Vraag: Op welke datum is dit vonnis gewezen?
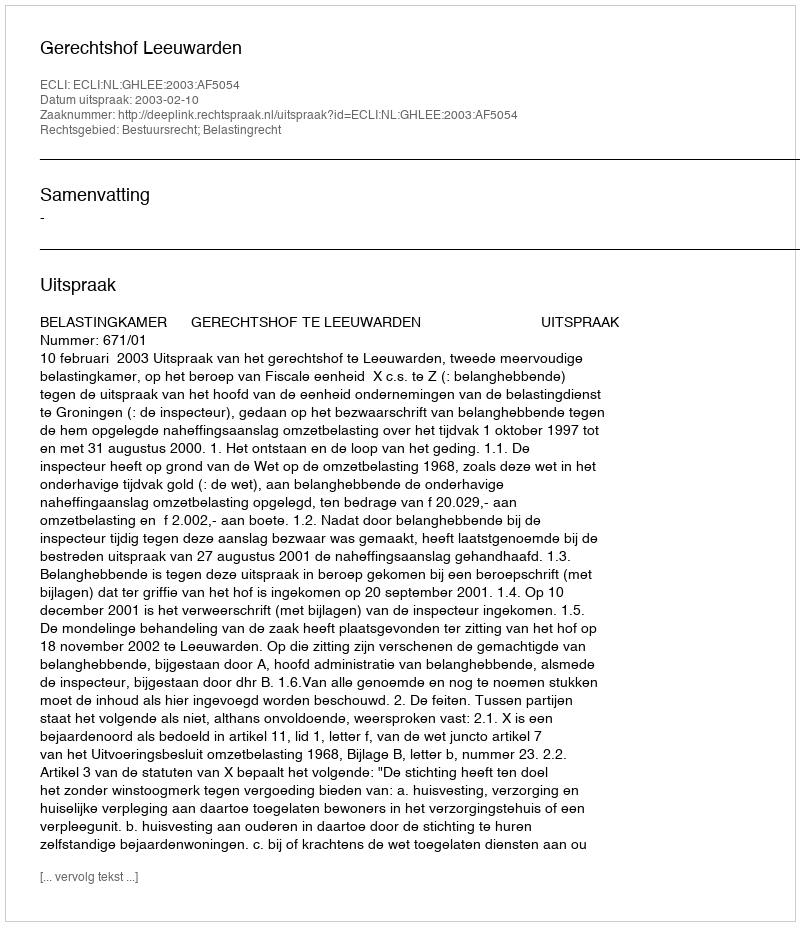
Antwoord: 2003-02-10